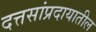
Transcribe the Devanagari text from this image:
दत्तसांप्रदायातील